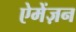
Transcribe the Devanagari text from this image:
ऐमेंज़न